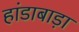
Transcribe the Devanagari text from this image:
हांडाबाड़ा